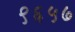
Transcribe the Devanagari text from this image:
९६५७